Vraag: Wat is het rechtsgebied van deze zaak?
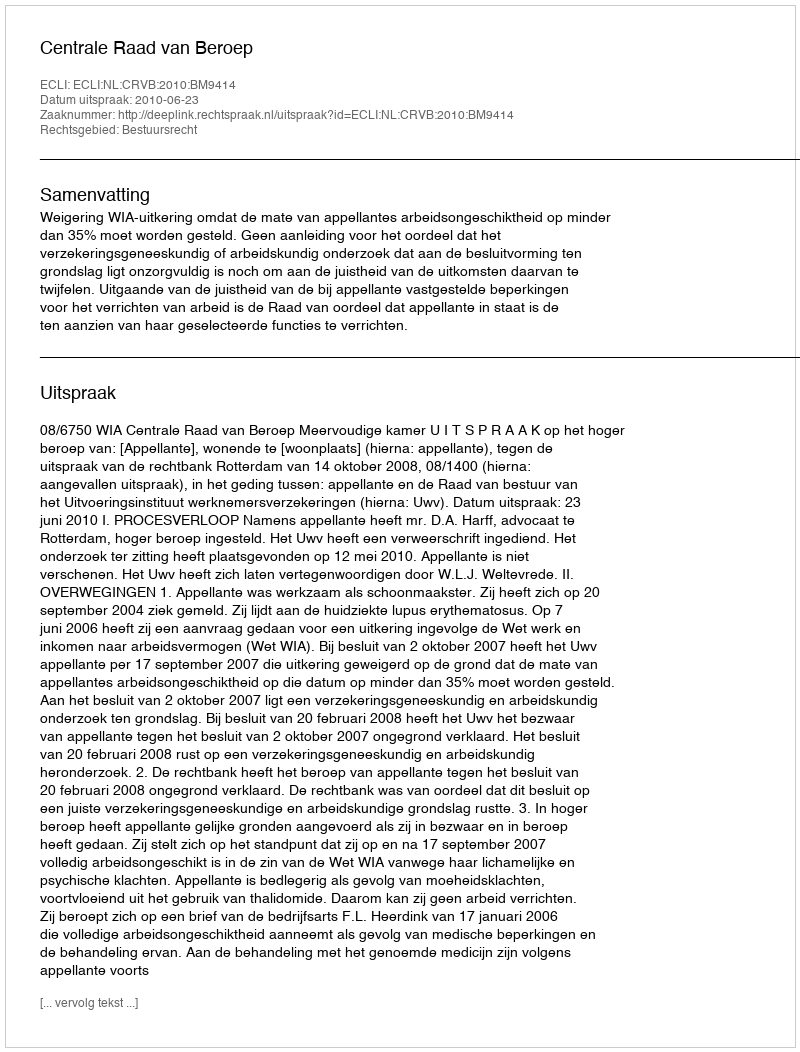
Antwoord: Bestuursrecht